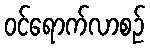
ဝင်ရောက်လာစဉ်